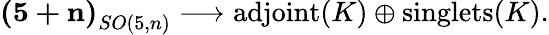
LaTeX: \mathbf{(5+n)}_{SO(5,n)}\longrightarrow\textrm{adjoint}(K)\oplus\textrm{singlets}(K).